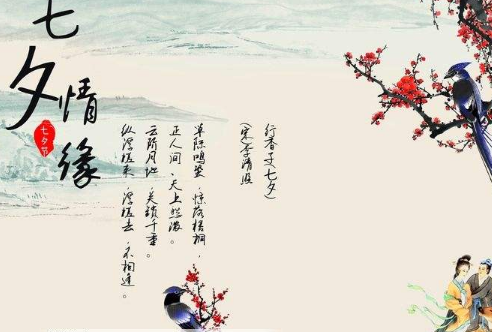
两情缠绵忽如故。复畏秋风生晓路。